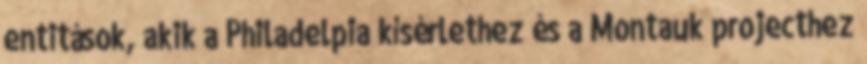
entitások, akik a Philadelpia kísérlethez és a Montauk projecthez